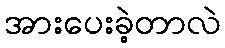
အားပေးခဲ့တာလဲ